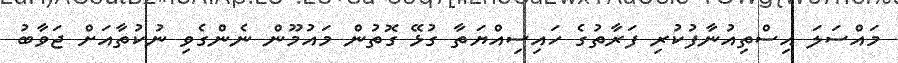
މައްސަލަ އިސްތިއުނާފުކުރި ފަރާތުގެ ހައިސިއްޔަތާ ގުޅޭ ގޮތުން މައުމޫން ނެންގެވި ނުކުތާއަށް ޖަވާބު